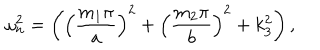
\omega _ { n } ^ { 2 } = \left( \left( \frac { m _ { 1 } \pi } { a } \right) ^ { 2 } + \left( \frac { m _ { 2 } \pi } { b } \right) ^ { 2 } + k _ { 3 } ^ { 2 } \right) ,